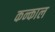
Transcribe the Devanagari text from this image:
कन्काल